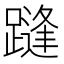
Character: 𲄂